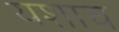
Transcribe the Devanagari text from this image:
यशाच